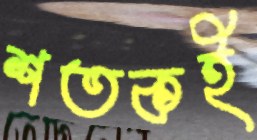
শতকই